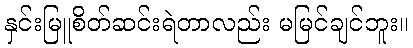
နှင်းမြူစိတ်ဆင်းရဲတာလည်း မမြင်ချင်ဘူး။